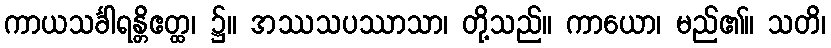
ကာယသင်္ခါရန္တိဧတ္ထ၊ ၌။ အဿသပဿာသာ၊ တို့သည်။ ကာယော၊ မည်၏။ သတိ၊